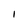
Character: I